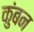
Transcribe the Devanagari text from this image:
कुंबन